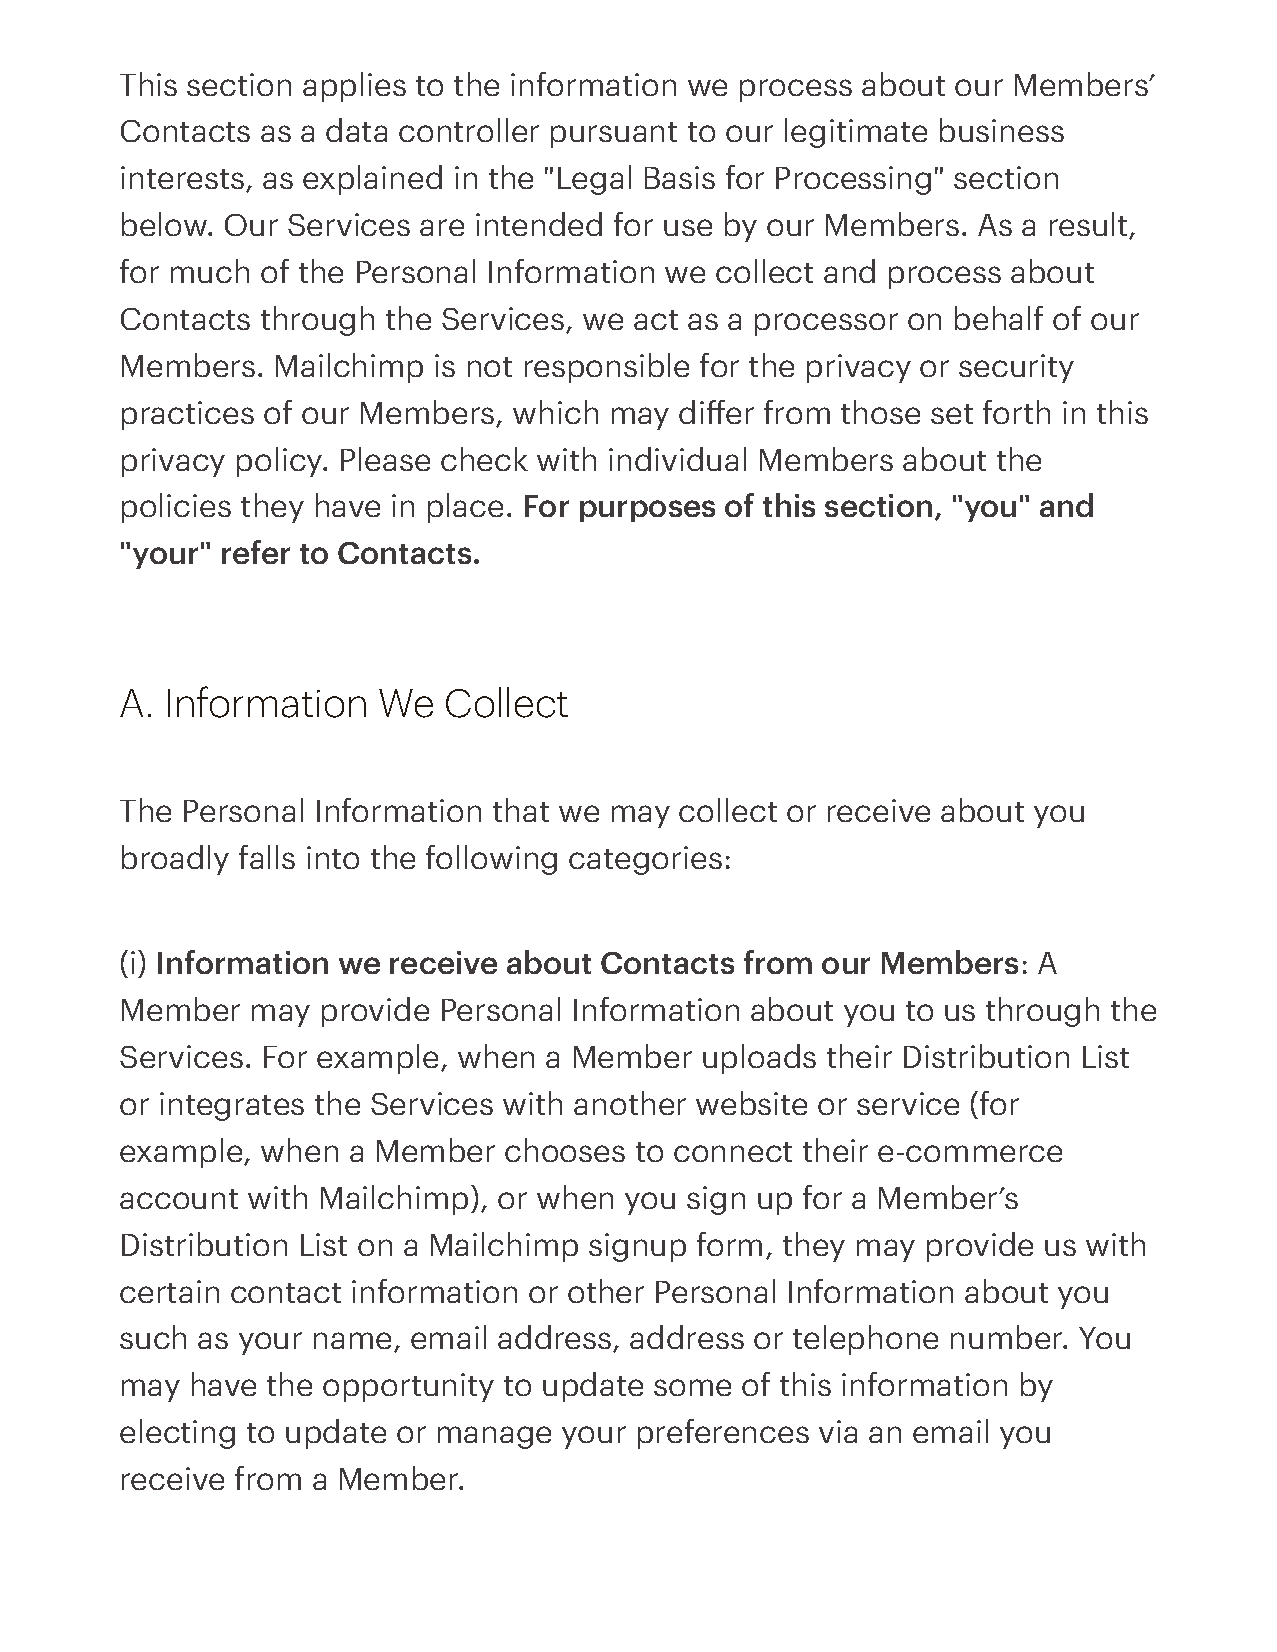
This section applies to the information we process about our Members’
 Contacts as a data controller pursuant to our legitimate business
 interests, as explained in the "Legal Basis for Processing" section
 below. Our Services are intended for use by our Members. As a result,
 for much of the Personal Information we collect and process about
 Contacts through the Services, we act as a processor on behalf of our
 Members.  Mailchimp  is not responsible for the privacy or security
 practices of our Members, which may  differ from those set forth in this
 privacy policy. Please check with individual Members about the
 policies they have in place. For purposes of this section, "you" and
 "your" refer to Contacts.
 A. Information   We  Collect
 The Personal Information that we may collect or receive about you
 broadly falls into the following categories:
 (i) Information we receive about Contacts from our Members:  A
 Member   may provide Personal Information about you to us through the
 Services. For example, when a Member  uploads  their Distribution List
 or integrates the Services with another website or service (for
 example, when  a Member  chooses  to connect their e-commerce
 account with Mailchimp), or when you sign up for a Member’s
 Distribution List on a Mailchimp signup form, they may provide us with
 certain contact information or other Personal Information about you
 such as your name, email address, address or telephone number. You
 may have  the opportunity to update some of this information by
 electing to update or manage your preferences via an email you
 receive from a Member.